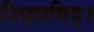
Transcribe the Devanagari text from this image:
शिक्षाविद्।